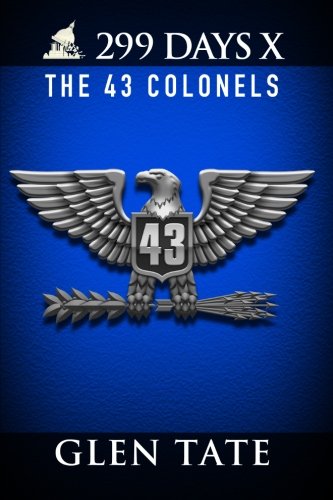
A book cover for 299 Days: The 43 Colonels (Volume 10); Glen Tate; Science Fiction & Fantasy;